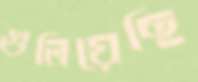
গুলিয়েছি